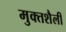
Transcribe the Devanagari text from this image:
मुक्तशैली